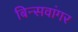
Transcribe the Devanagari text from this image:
बिन्सवांगर